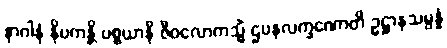
နာဂါနံ နိပကန္တိ ပစ္စယာနိ ဇီဝလောကသ္မိံ ဌပနလက္ခဏောတိ ဥဋ္ဌာနသမ္ပန္နံ